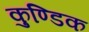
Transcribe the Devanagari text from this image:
कुण्डिक